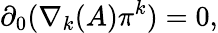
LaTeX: \partial_{0}(\nabla_{k}(A)\pi^{k})=0,